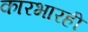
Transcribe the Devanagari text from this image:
कारभारही